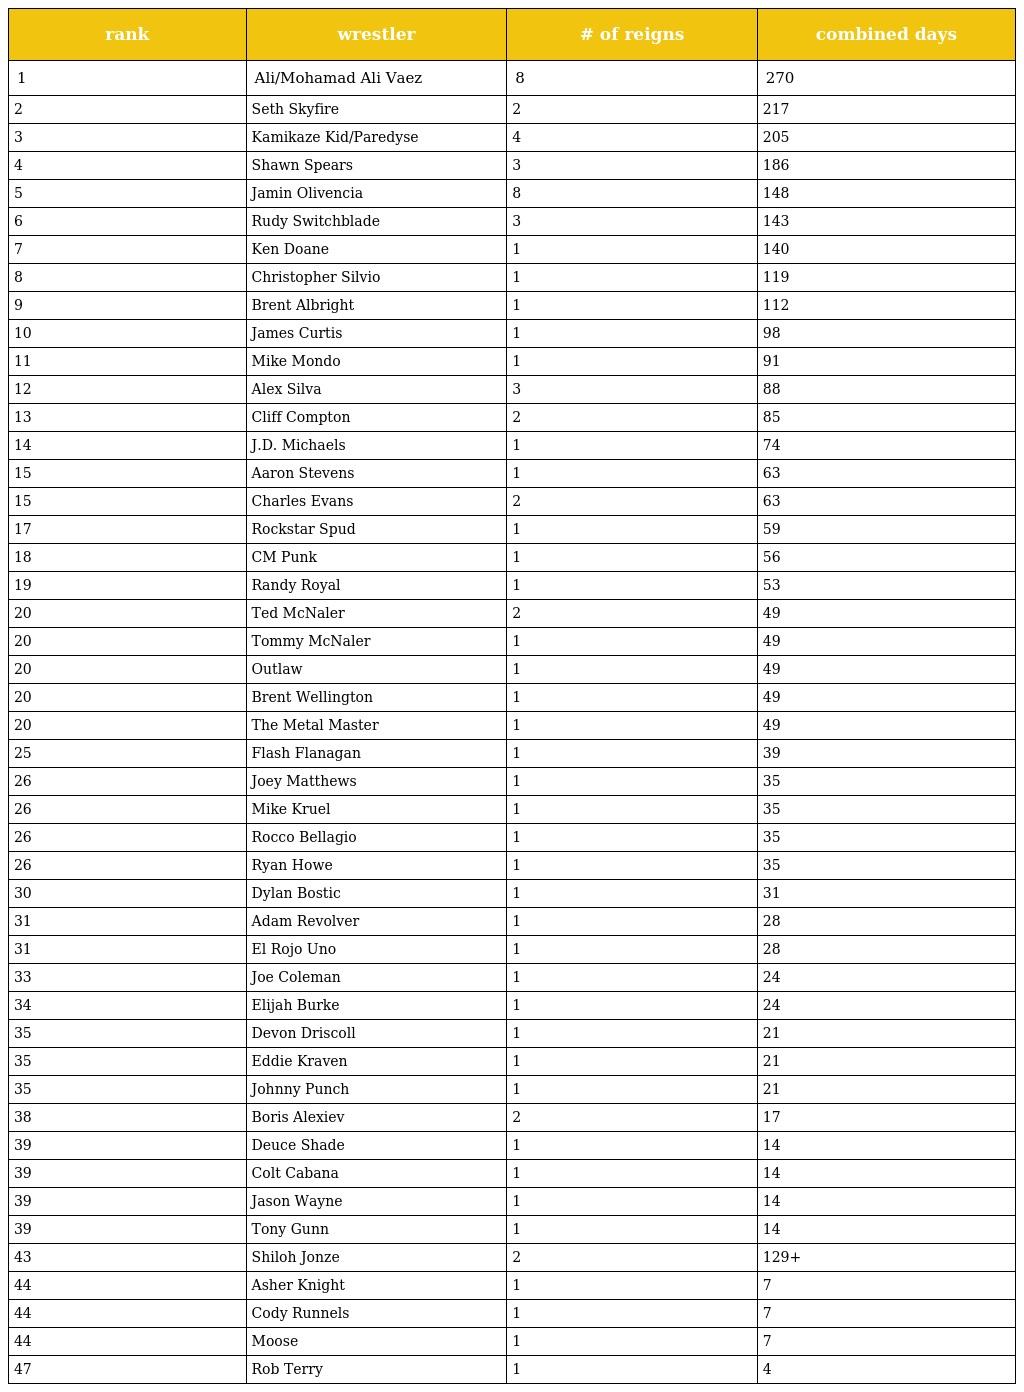
| rank | wrestler | # of reigns | combined days |
 | --- | --- | --- | --- |
 | 1 | Ali/Mohamad Ali Vaez | 8 | 270 |
 | 2 | Seth Skyfire | 2 | 217 |
 | 3 | Kamikaze Kid/Paredyse | 4 | 205 |
 | 4 | Shawn Spears | 3 | 186 |
 | 5 | Jamin Olivencia | 8 | 148 |
 | 6 | Rudy Switchblade | 3 | 143 |
 | 7 | Ken Doane | 1 | 140 |
 | 8 | Christopher Silvio | 1 | 119 |
 | 9 | Brent Albright | 1 | 112 |
 | 10 | James Curtis | 1 | 98 |
 | 11 | Mike Mondo | 1 | 91 |
 | 12 | Alex Silva | 3 | 88 |
 | 13 | Cliff Compton | 2 | 85 |
 | 14 | J.D. Michaels | 1 | 74 |
 | 15 | Aaron Stevens | 1 | 63 |
 | 15 | Charles Evans | 2 | 63 |
 | 17 | Rockstar Spud | 1 | 59 |
 | 18 | CM Punk | 1 | 56 |
 | 19 | Randy Royal | 1 | 53 |
 | 20 | Ted McNaler | 2 | 49 |
 | 20 | Tommy McNaler | 1 | 49 |
 | 20 | Outlaw | 1 | 49 |
 | 20 | Brent Wellington | 1 | 49 |
 | 20 | The Metal Master | 1 | 49 |
 | 25 | Flash Flanagan | 1 | 39 |
 | 26 | Joey Matthews | 1 | 35 |
 | 26 | Mike Kruel | 1 | 35 |
 | 26 | Rocco Bellagio | 1 | 35 |
 | 26 | Ryan Howe | 1 | 35 |
 | 30 | Dylan Bostic | 1 | 31 |
 | 31 | Adam Revolver | 1 | 28 |
 | 31 | El Rojo Uno | 1 | 28 |
 | 33 | Joe Coleman | 1 | 24 |
 | 34 | Elijah Burke | 1 | 24 |
 | 35 | Devon Driscoll | 1 | 21 |
 | 35 | Eddie Kraven | 1 | 21 |
 | 35 | Johnny Punch | 1 | 21 |
 | 38 | Boris Alexiev | 2 | 17 |
 | 39 | Deuce Shade | 1 | 14 |
 | 39 | Colt Cabana | 1 | 14 |
 | 39 | Jason Wayne | 1 | 14 |
 | 39 | Tony Gunn | 1 | 14 |
 | 43 | Shiloh Jonze | 2 | 129+ |
 | 44 | Asher Knight | 1 | 7 |
 | 44 | Cody Runnels | 1 | 7 |
 | 44 | Moose | 1 | 7 |
 | 47 | Rob Terry | 1 | 4 |